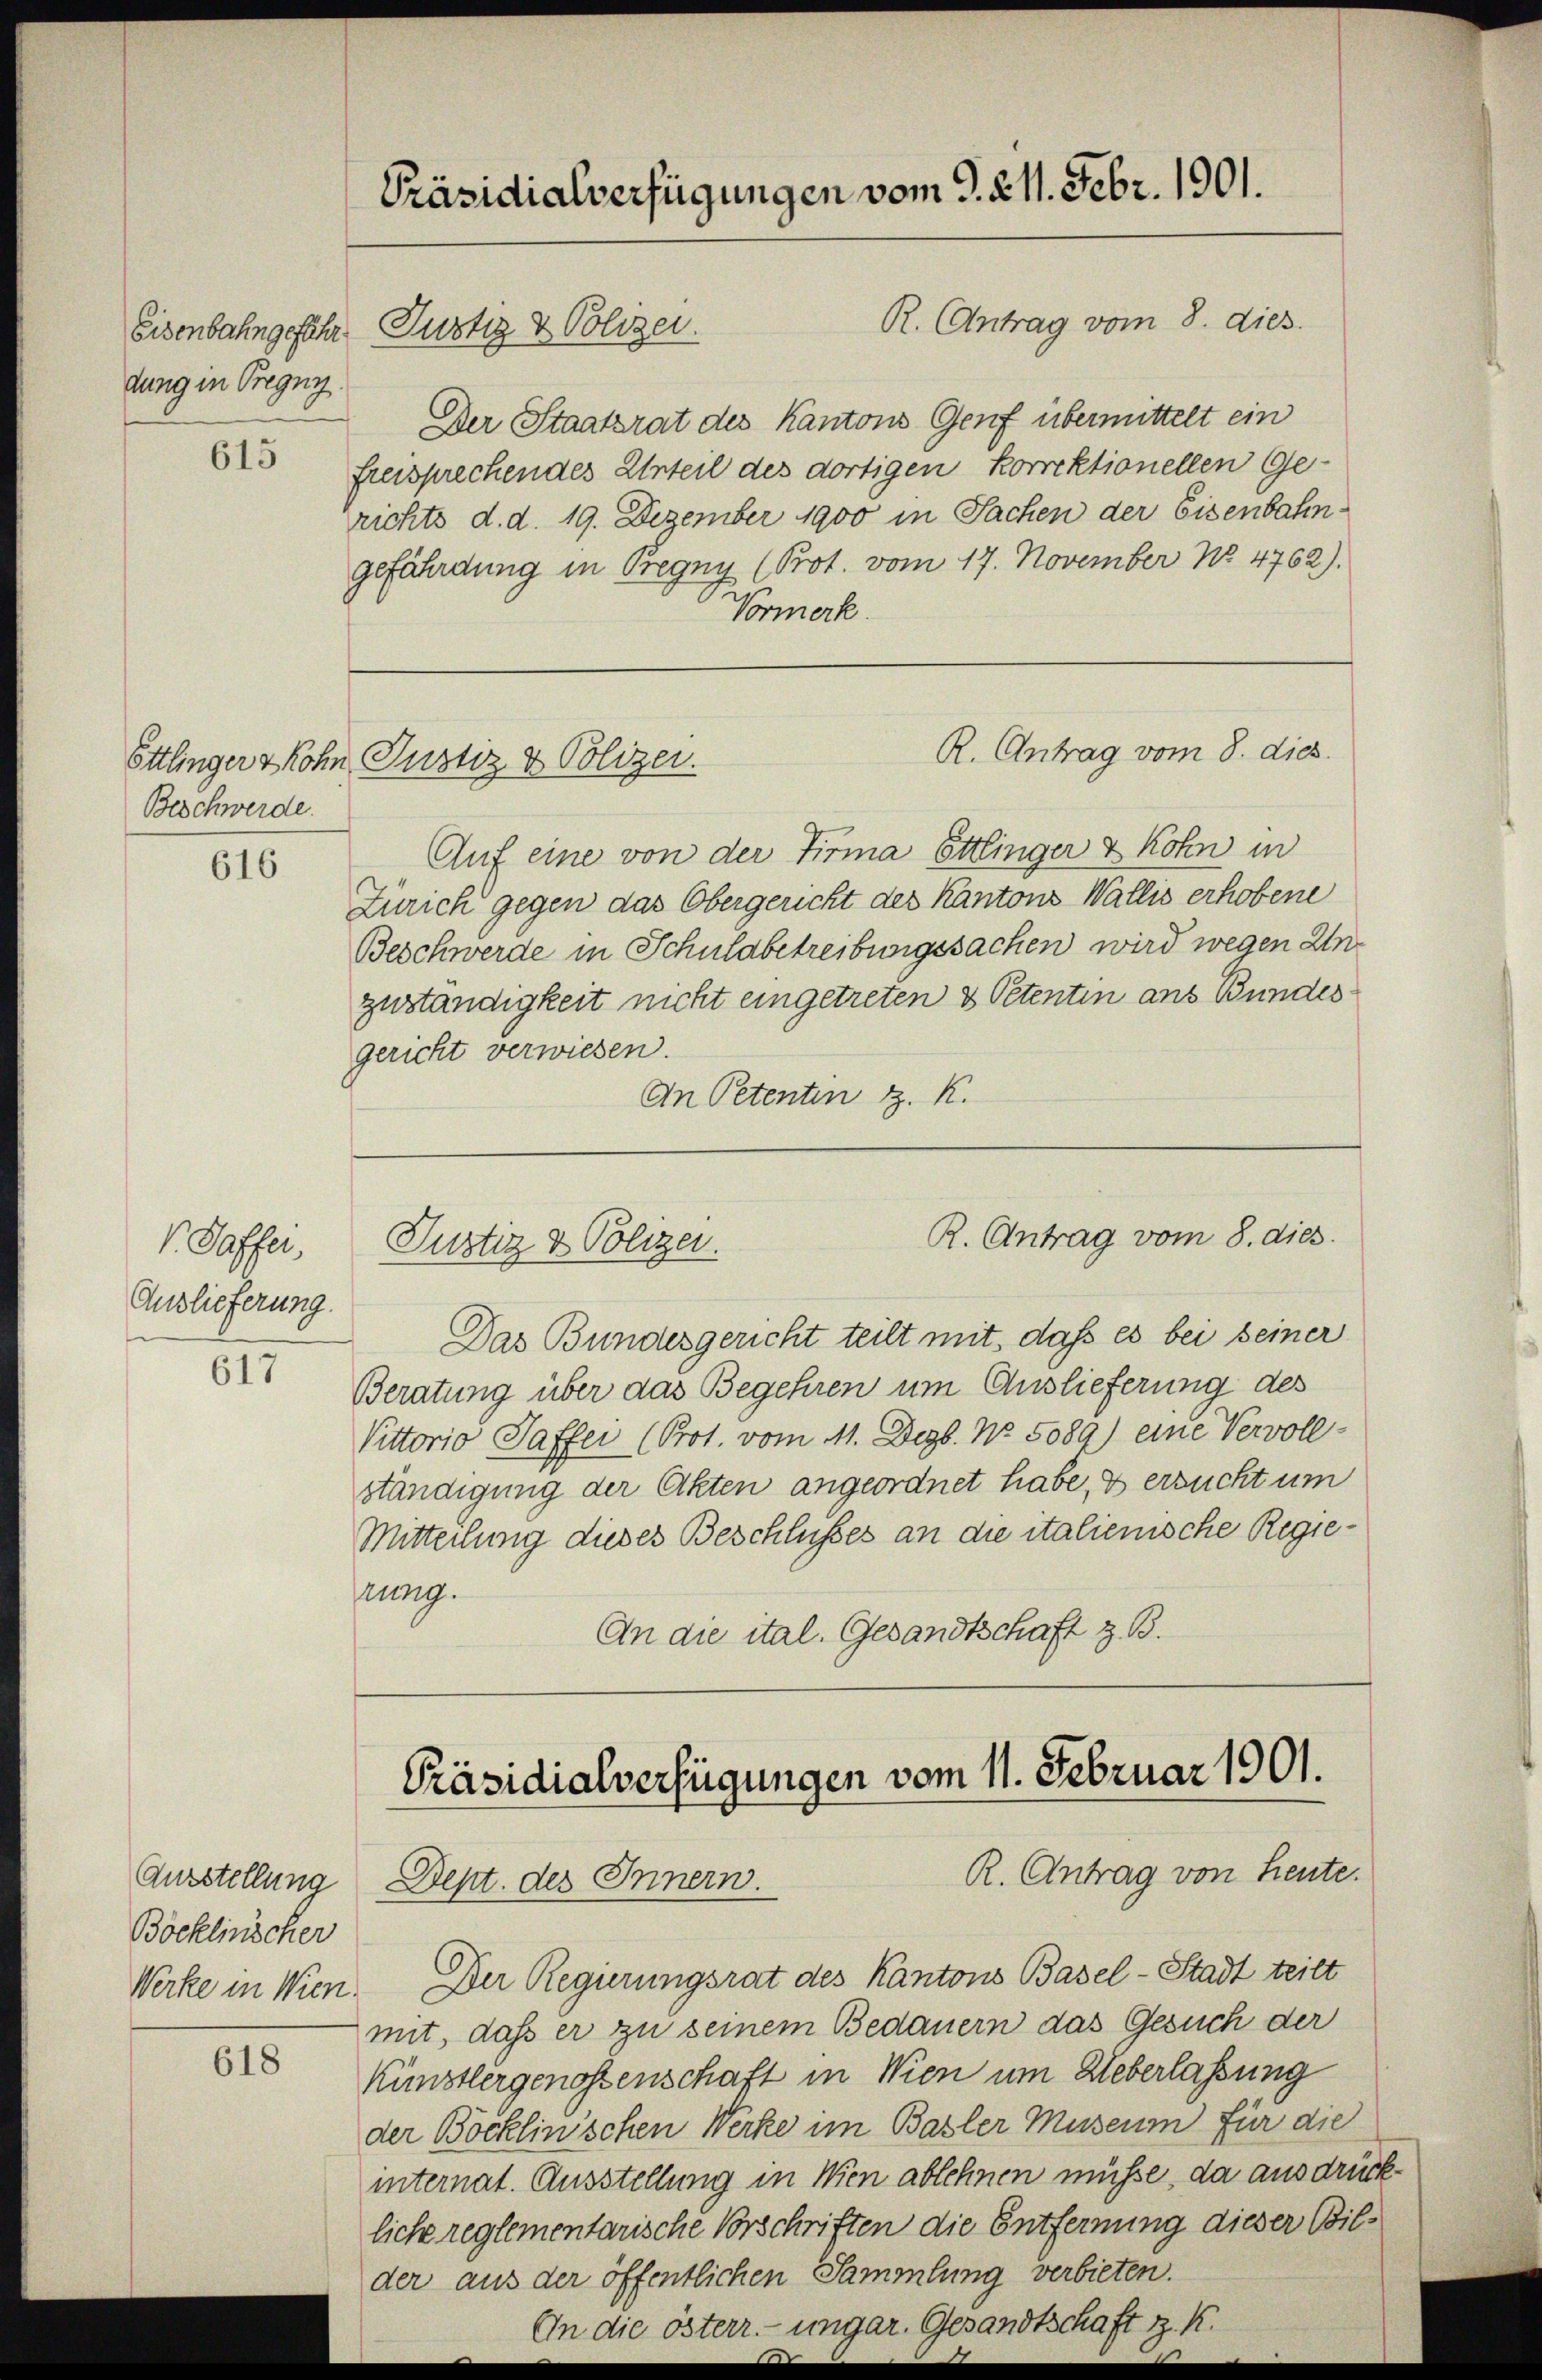
dung in Pregny.

615

Beschwerde.

616

V. Saffer,
Auslieferung.

617

Ausstellung
Böcklinischer

618

R. Antrag vom 8. dies
Der Staatsrat des Kantons Genf übermittelt ein
freisprechendes Urteil des dortigen korrektionellen Gerichts d. d. 19. Dezember 1900 in Sachen der Eisenbahngefährdung in Begny (Prot. vom 17. November No 4762).
Vormerk.

Auf eine von der Firma Ettinger & Kohn in
Zürich gegen das Obergericht des Kantons Wallis erhobene
Beschwerde in Schulabetreibungssachen wird wegen Anzuständigkeit nicht eingetreten & Petentin ans Bundes
gericht verwiesen.
An Petenten z. K.

Präsidialverfügungen vom 9. 21. Febr. 1901.

Eisenbahngefähr Justiz & Polizei.

Ettlinger & Sohn Justiz & Polizei.

Das Bundesgericht teilt mit, daß es bei seiner
Beratung über das Begehren um Auslieferung des
Vittorio Saffei (Prot. vom 11. Dezb. No. 5089) eine Vervoll-
ständigung der Akten angeordnet habe, & ersucht um
Mitteilung dieses Beschlusses an die italienische Regiemung.
An die ital. Gesandtschaft z. B.

Justiz & Polizei.

R. Antrag vom 8. dies

R. Antrag vom 8. dies

Präsidialverfügungen vom 11. Februar 1901.
R. Antrag von Heute.
Dept. des Innern.

Werke in Wien. Der Regierungsrat des Kantons Basel-Stadt teilt
mit, daß er zu seinem Bedauern das Gesuch der
Künstlergenossenschaft in Wien um Ueberlassung
der Böcklinischen Werke im Basler Museum für die
internat. Ausstellung in Wien ablehnen müsse, da ausdrückliche reglementarische Vorschriften die Entfernung dieser Bilder aus der öffentlichen Sammlung verbieten.
An die österr. ungar. Gesandtschaft z. K.